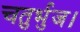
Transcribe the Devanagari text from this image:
चतुर्भुज।